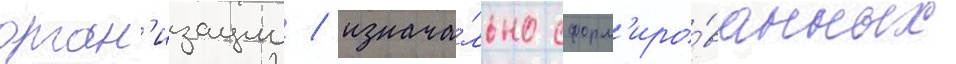
орган'изации / изнача́льно сформ'иро́ванных